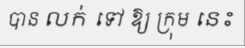
បាន លក់ ទៅ ឱ្យ ក្រុម នេះ